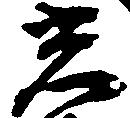
光